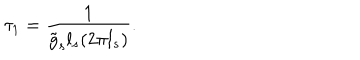
\tau _ { 1 } = \frac { 1 } { \tilde { g } _ { s } l _ { s } ( 2 \pi l _ { s } ) } .